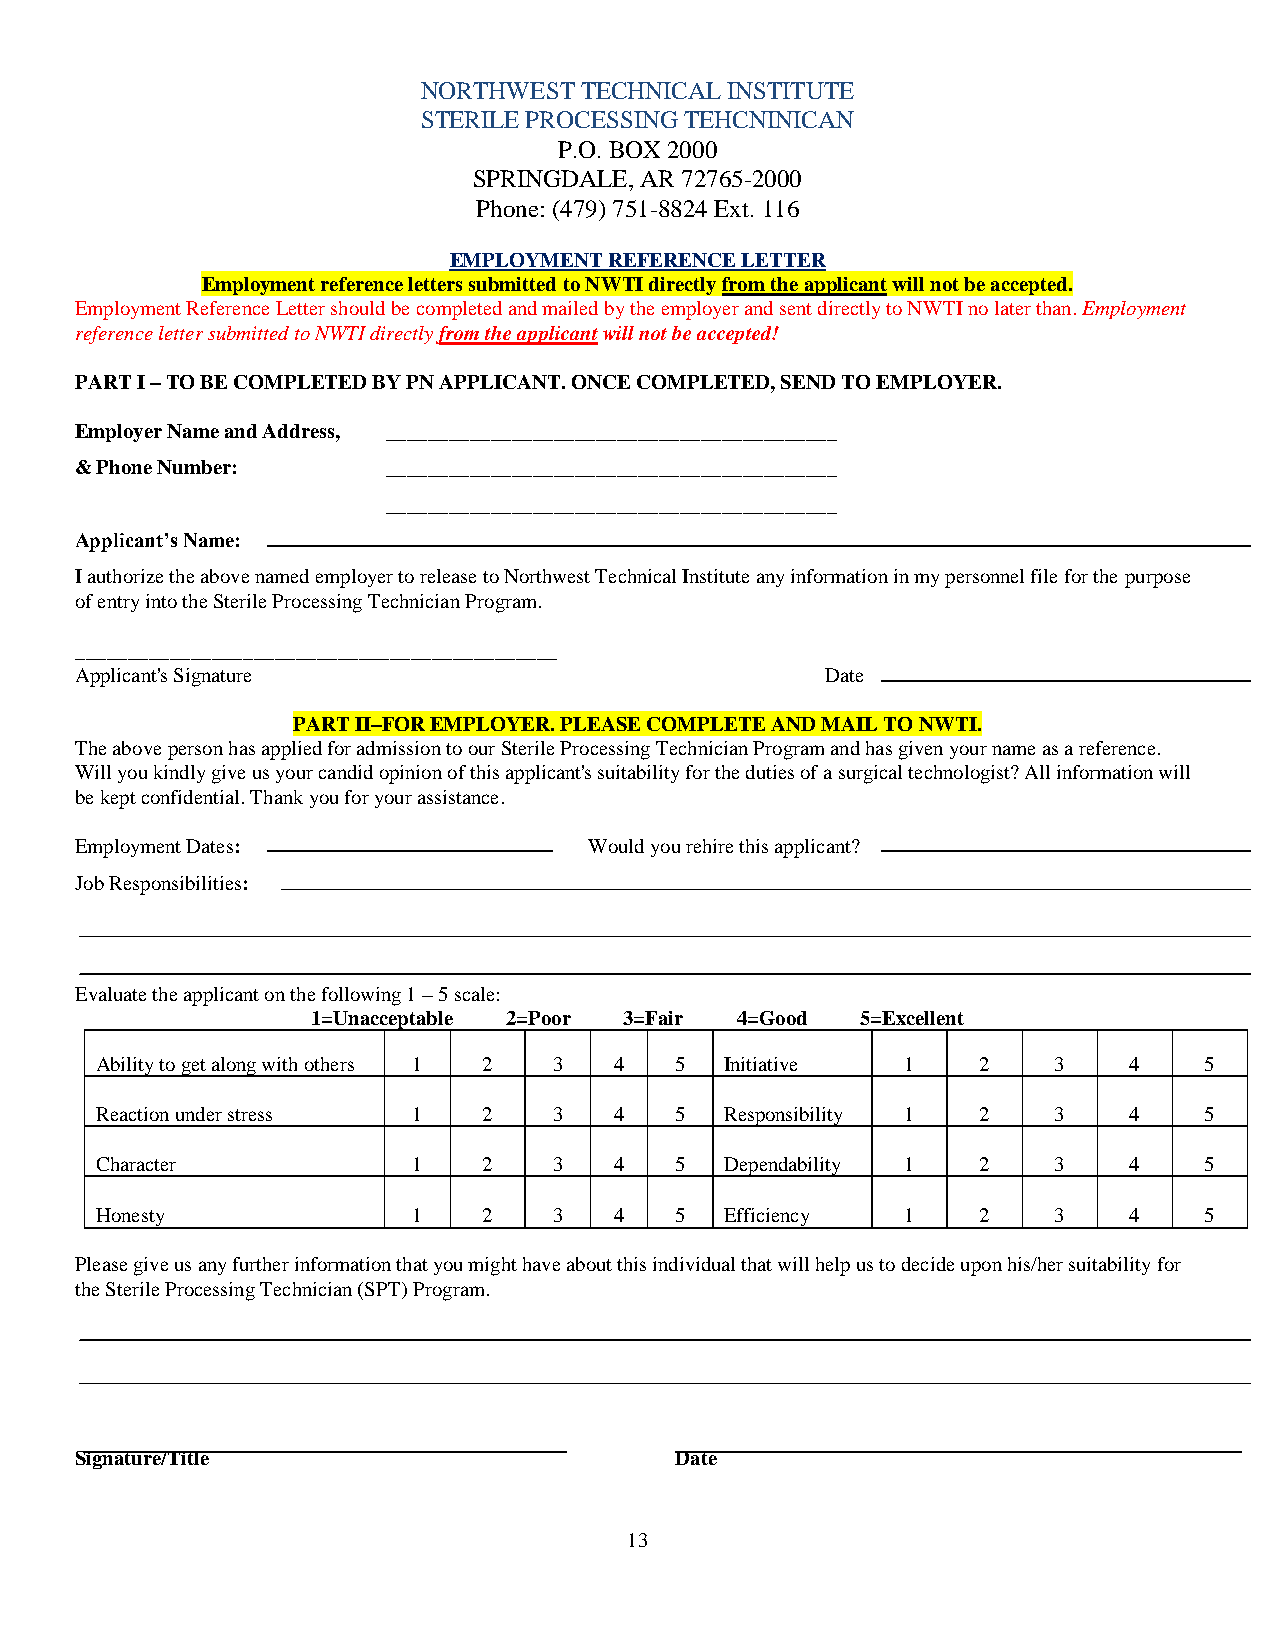
NORTHWEST TECHNICAL INSTITUTE
 STERILE PROCESSING TEHCNINICAN
 P.O. BOX 2000
 SPRINGDALE, AR 72765-2000
 Phone: (479) 751-8824 Ext. 116
 EMPLOYMENT REFERENCE LETTER
 Employment reference letters submitted to NWTI directly from the applicant will not be accepted.
 Employment Reference Letter should be completed and mailed by the employer and sent directly to NWTI no later than. Employment
 reference letter submitted to NWTI directly from the applicant will not be accepted!
 PART I – TO BE COMPLETED BY PN APPLICANT. ONCE COMPLETED, SEND TO EMPLOYER.
 Employer Name and Address, ___________________________________________
 & Phone Number:      ___________________________________________
 ___________________________________________
 Applicant’s Name:
 I authorize the above named employer to release to Northwest Technical Institute any information in my personnel file for the purpose
 of entry into the Sterile Processing Technician Program.
 ______________________________________________
 Applicant's Signature                             Date
 PART II–FOR EMPLOYER. PLEASE COMPLETE AND MAIL TO NWTI.
 The above person has applied for admission to our Sterile Processing Technician Program and has given your name as a reference.
 Will you kindly give us your candid opinion of this applicant's suitability for the duties of a surgical technologist? All information will
 be kept confidential. Thank you for your assistance.
 Employment Dates:                 Would you rehire this applicant?
 Job Responsibilities:
 Evaluate the applicant on the following 1 – 5 scale:
 1=Unacceptable 2=Poor 3=Fair 4=Good 5=Excellent
 Ability to get along with others 1 2 3 4 5 Initiative 1    2    3    4    5
 Reaction under stress 1   2    3   4   5  Responsibility 1 2    3    4    5
 Character            1    2    3   4   5  Dependability 1  2    3    4    5
 Honesty              1    2    3   4   5  Efficiency  1    2    3    4    5
 Please give us any further information that you might have about this individual that will help us to decide upon his/her suitability for
 the Sterile Processing Technician (SPT) Program.
 Signature/Title                         Date
 13